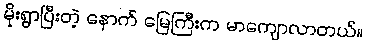
မိုးရွာပြီးတဲ့ နောက် မြေကြီးက မာကျောလာတယ်။